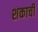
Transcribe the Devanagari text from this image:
शकाची